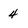
Character: 4